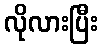
လိုလားပြီး